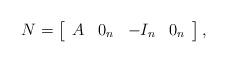
LaTeX: \begin{align*} N = \left[ \begin{array}{cccc} A & 0_n & -I_n & 0_n \end{array} \right],\end{align*}